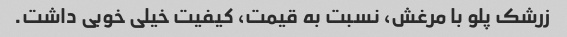
زرشک پلو با مرغش، نسبت به قیمت، کیفیت خیلی خوبی داشت.